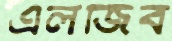
এলজিব